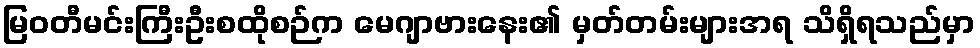
မြဝတီမင်းကြီးဦးစထိုစဉ်က မေဂျာဗားနေး၏ မှတ်တမ်းများအရ သိရှိရသည်မှာ